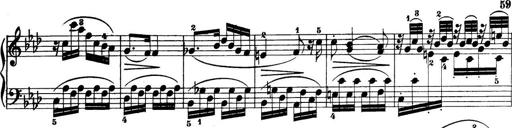
Title: 32 Sonatinas and Rondos for the Piano
Composer: Richard Kleinmichel